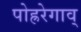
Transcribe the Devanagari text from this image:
पोह्ररेगाव्